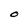
Character: O